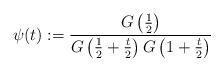
LaTeX: \begin{align*}\psi(t) := \frac{G\left(\frac{1}{2}\right)}{G\left(\frac{1}{2} + \frac t2\right) G\left(1 + \frac t2\right)}\end{align*}